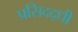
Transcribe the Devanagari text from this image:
प्रसिदद्धी